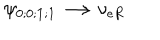
\psi _ { 0 ; 0 ; { \mathbf 1 } ; { \mathbf 1 } } \longrightarrow \nu _ { e R } \hspace { 6 . 0 c m }